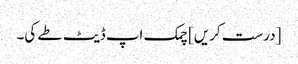
[درست کریں] چمک اپ ڈیٹ طے کی۔